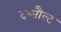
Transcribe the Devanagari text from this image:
दस्सौल्ट